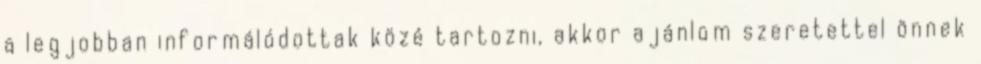
a legjobban informálódottak közé tartozni, akkor ajánlom szeretettel önnek